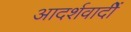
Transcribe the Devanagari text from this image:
आदर्शवादीें